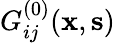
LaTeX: G_{ij}^{(0)}({\mathbf x},{\mathbf s})